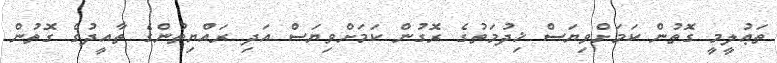
ތަޢުލީމީ ގޮތުން ކަމަށްވިޔަސް ޚިދުމަތުގެ ރޮގުން ކަމަށްވިޔަސް އަދި ރައްޔިތުންގެ ތާއީދުގެ ގޮތުން